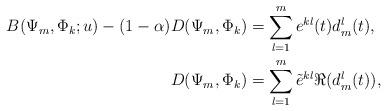
LaTeX: \begin{align*}B(\Psi_m, \Phi_k; u)-(1-\alpha)D(\Psi_m, \Phi_k)&=\sum_{l=1}^{m} e^{kl}(t) d_m^l(t),\\D(\Psi_m, \Phi_k)&=\sum_{l=1}^m \tilde{e}^{kl} \Re(d_m^l(t)),\end{align*}